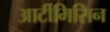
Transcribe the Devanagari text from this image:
आर्टीमिसिन